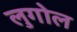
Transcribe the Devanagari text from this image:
लुगोल